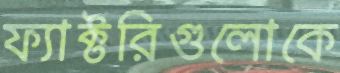
ফ্যাক্টরিগুলোকে